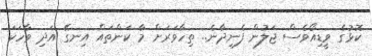
ކޮޅުގެ ވީޑިއޯވެސް ޖަލުން ފެނިދާނެ.. ތިހާވަރަށް މާ ކަންތައް އިނގޭ އަދި ވާހަކަ